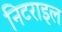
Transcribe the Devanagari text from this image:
निटराइल